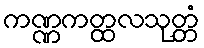
ကဏ္ဏကတ္ထလသုတ္တံ